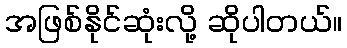
အဖြစ်နိုင်ဆုံးလို့ ဆိုပါတယ်။